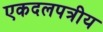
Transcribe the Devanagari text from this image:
एकदलपत्रीय